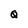
Character: Q